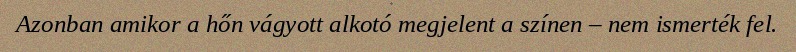
Azonban amikor a hőn vágyott alkotó megjelent a színen – nem ismerték fel.